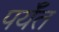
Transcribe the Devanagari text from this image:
पर्यँत